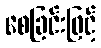
စေခြင်းဖြင့်